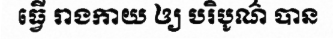
ធ្វើ រាងកាយ ឲ្យ បរិបូណ៌ បាន